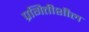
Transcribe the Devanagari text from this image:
प्रगितीशील